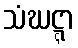
သံဃဋ္ဋာ